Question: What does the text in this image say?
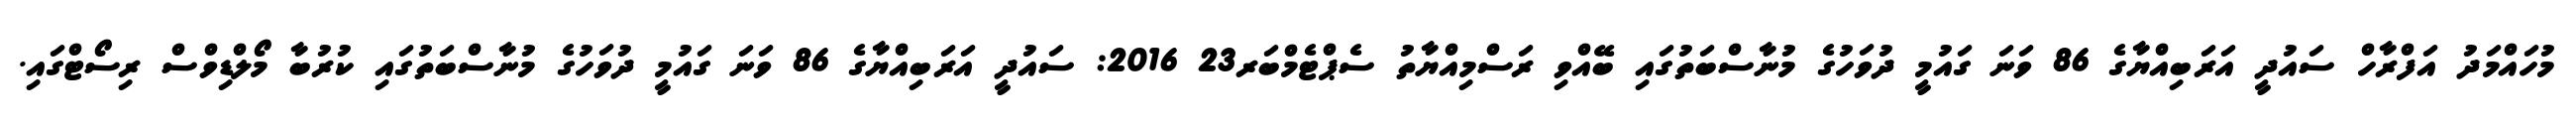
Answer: މުހައްމަދު އަފްރާހް ސައުދީ އަރަބިއްޔާގެ 86 ވަނަ ގައުމީ ދުވަހުގެ މުނާސްބަތުގައި ބޭއްވި ރަސްމިއްޔާތު ސެޕްޓެމްބަރ23 2016: ސައުދީ އަރަބިއްޔާގެ 86 ވަނަ ގައުމީ ދުވަހުގެ މުނާސްބަތުގައި ކުރުބާ މޯލްޑިވްސް ރިސޯޓްގައި.